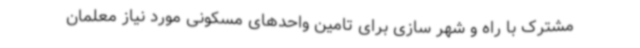
مشترک با راه و شهر سازی برای تامین واحدهای مسکونی مورد نیاز معلمان